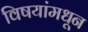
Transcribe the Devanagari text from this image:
विषयांमधून